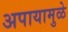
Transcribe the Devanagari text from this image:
अपायामुळे